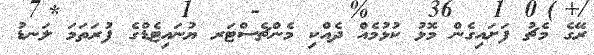
ރޭގެ މެޗު ފަށައިގެން މޮޅު ކުޅުމެއް ދެއްކި މެންޗެސްޓަރ ޔުނައިޓެޑްގެ ފުރަތަމަ ލަނޑު